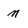
Character: n